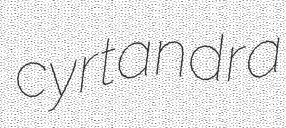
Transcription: cyrtandra